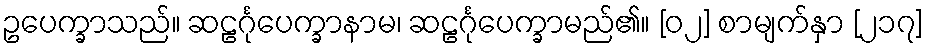
ဥပေက္ခာသည်။ ဆဠင်္ဂုပေက္ခာနာမ၊ ဆဠင်္ဂုပေက္ခာမည်၏။ [၀၂] စာမျက်နှာ [၂၁၇]